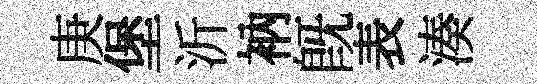
庚堡沂衲旣表湊